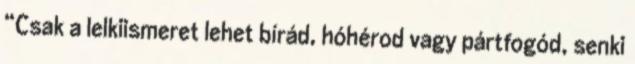
“Csak a lelkiismeret lehet bírád, hóhérod vagy pártfogód, senki